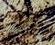
يمكن